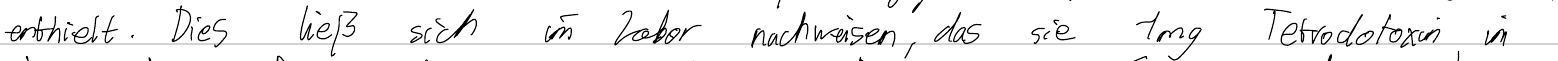
enthielt. Dies ließ sich im Labor nachweisen, das sie 1mg Tetrodotoxin im